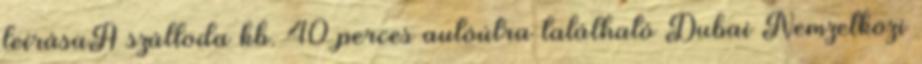
leírásaA szálloda kb. 40 perces autóútra található Dubai Nemzetközi